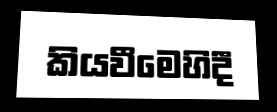
කියවීමෙහිදී